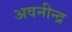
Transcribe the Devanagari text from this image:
अवनीन्द्र